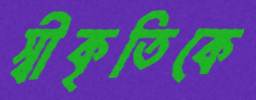
স্বীকৃতিকে